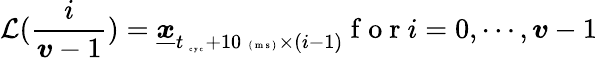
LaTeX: \mathcal L(\frac{i}{\boldsymbol v-1})=\underline{{\boldsymbol x}}_{t_{\mathrm{~\tiny~c~y~c~}}+10\mathrm{~\tiny~(~m~s~)~}\times(i-1)}\mathrm{~f~o~r~}i=0,\cdots,\boldsymbol v-1